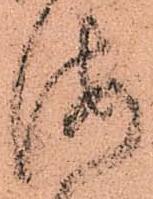
海